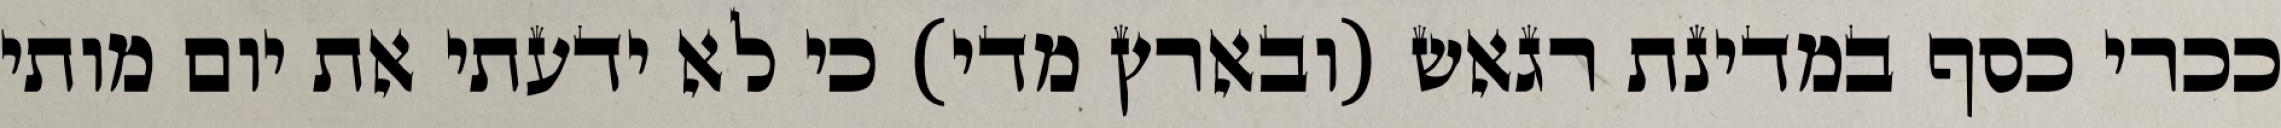
ככרי כסף במדינת רגאש (ובארץ מדי) כי לא ידעתי את יום מותי